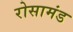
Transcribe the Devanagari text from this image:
रोसामंड